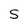
Character: 5